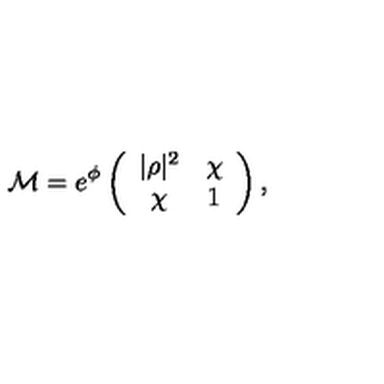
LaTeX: { \cal M } = e ^ { \phi } \left( \begin{array} { c c } { | \rho | ^ { 2 } } & { \chi } \\ { \chi } & { 1 } \\ \end{array} \right) ,